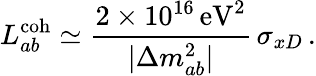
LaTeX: L_{ab}^{\mathrm{coh}}\simeq\frac{2\times 10^{16}\, \mathrm{eV}^{2}}{|\Delta{m}_{ab}^{2}|}\, \sigma_{xD}\, .